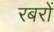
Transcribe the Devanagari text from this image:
रबरों